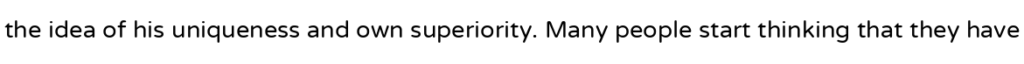
the idea of his uniqueness and own superiority. Many people start thinking that they have